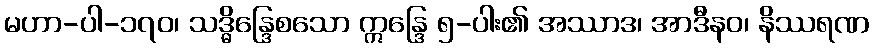
မဟာ-ပါ-၁၇၀၊ သဒ္ဓိန္ဒြေစသော ဣန္ဒြေ ၅-ပါး၏ အဿာဒ၊ အာဒီနဝ၊ နိဿရဏ